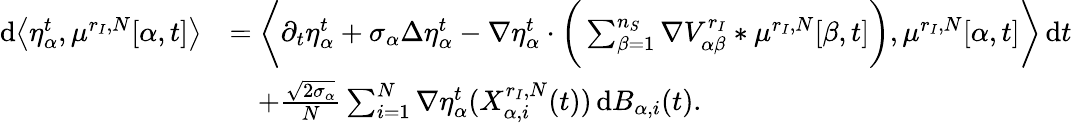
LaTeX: \begin{array}{rl}{\mathrm{d}\big\langle{\eta_{\alpha}^{t}},{\mu_{}^{{r_{I}},N}}[\alpha,t]\big\rangle}&{=\bigg\langle\partial_{t}{\eta_{\alpha}^{t}}+\sigma_{\alpha}\Delta{\eta_{\alpha}^{t}}-\nabla{\eta_{\alpha}^{t}}\cdot\bigg(\sum_{\beta=1}^{n_{S}}\nabla{V_{\alpha\beta}^{r_{I}}}\ast{\mu_{}^{{r_{I}},N}}[\beta,t]\bigg),{\mu_{}^{{r_{I}},N}}[\alpha,t]\bigg\rangle\, \mathrm{d}t}\\ &{\quad+\frac{\sqrt{2\sigma_{\alpha}}}{N}\sum_{i=1}^{N}\nabla{\eta_{\alpha}^{t}}(X_{\alpha,i}^{{r_{I}},N}(t))\, \mathrm{d}B_{\alpha,i}(t).}\end{array}